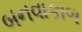
બનવાકાળ